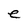
Character: e